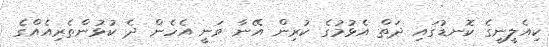
ކިއެލީނީގެ ކޮނޑުގައި ދަތް އެޅުމުގެ ކުރިން އޭނާ ވަނީ އެހެން ދެ ކުޅުންތެރިއެއްގެ